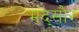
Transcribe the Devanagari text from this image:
मंद्सौर